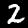
Digit: 2